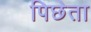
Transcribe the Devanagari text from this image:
पिछेता